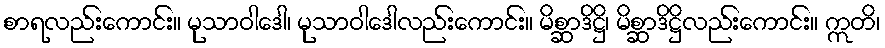
စာရလည်းကောင်း။ မုသာဝါဒေါ၊ မုသာဝါဒေါလည်းကောင်း။ မိစ္ဆာဒိဋ္ဌိ၊ မိစ္ဆာဒိဋ္ဌိလည်းကောင်း။ ဣတိ၊